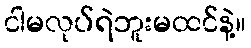
ငါမလုပ်ရဲဘူးမထင်နဲ့။